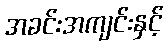
အခင်းအကျင်းနှင့်